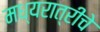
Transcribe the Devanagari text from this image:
मध्यरात्रीचे